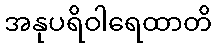
အနုပရိဝါရေထာတိ